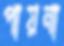
পায়না